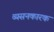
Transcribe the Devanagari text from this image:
व्यसनकारक